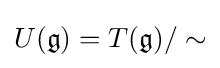
U({\mathfrak {g}})=T({\mathfrak {g}})/\sim